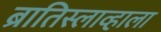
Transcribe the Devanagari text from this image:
ब्रातिस्लाव्हाला